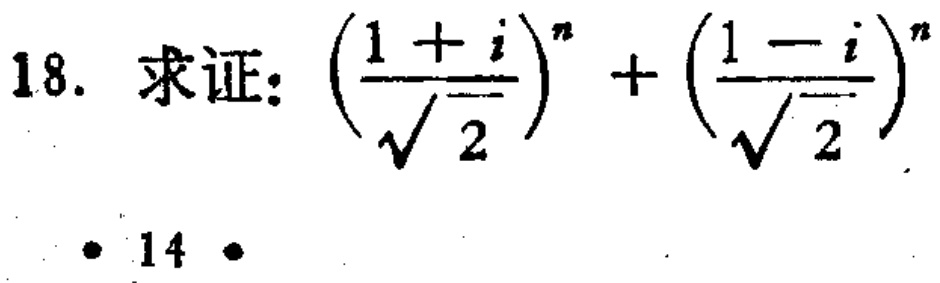
18. 求证：\(\left(\frac{1 + i}{\sqrt{2}}\right)^{n}+\left(\frac{1 - i}{\sqrt{2}}\right)^{n}\)